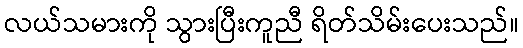
လယ်သမားကို သွားပြီးကူညီ ရိတ်သိမ်းပေးသည်။